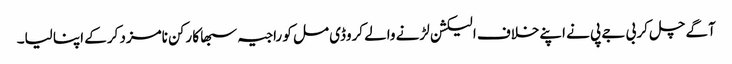
آگے چل کر بی جے پی نے اپنےخلاف الیکشن لڑنے والے کروڈی مل کو راجیہ سبھا کا رکن نامزد کرکے اپنا لیا۔